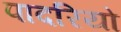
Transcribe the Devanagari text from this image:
पादरियो